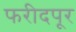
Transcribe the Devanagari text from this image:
फरीदपूर